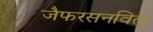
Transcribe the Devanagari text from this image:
जैफरसनविल